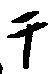
テ